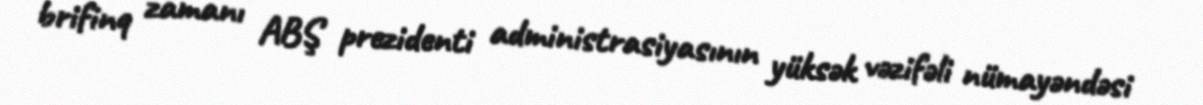
brifinq zamanı ABŞ prezidenti administrasiyasının yüksək vəzifəli nümayəndəsi